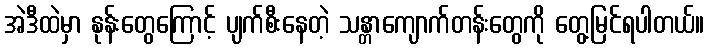
အဲဒီထဲမှာ နုန်းတွေကြောင့် ပျက်စီးနေတဲ့ သန္တာကျောက်တန်းတွေကို တွေ့မြင်ရပါတယ်။